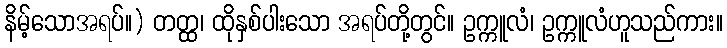
နိမ့်သောအရပ်။) တတ္ထ၊ ထိုနှစ်ပါးသော အရပ်တို့တွင်။ ဥက္ကူလံ၊ ဥက္ကူလံဟူသည်ကား။